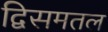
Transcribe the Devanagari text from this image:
द्विसमतल